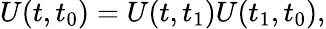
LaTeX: U(t,t_{0})=U(t,t_{1})U(t_{1},t_{0}),